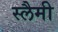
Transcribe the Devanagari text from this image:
स्लैमी